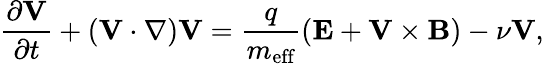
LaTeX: \frac{\partial\textbf{V}}{\partial t}+(\textbf{V}\cdot\nabla)\textbf{V}=\frac{q}{m_{\textrm{eff}}}(\textbf{E}+\textbf{V}\times\textbf{B})-\nu\textbf{V},